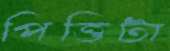
পিত্তিটা